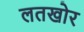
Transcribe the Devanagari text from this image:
लतखोर